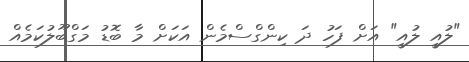
"ލުއީ ލުއީ" އަށް ފަހު ދަ ކިންގްސްމެން އަކަށް މާ ބޮޑު މަގްބޫލުކަމެއް